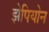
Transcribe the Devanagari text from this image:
झेपियोन